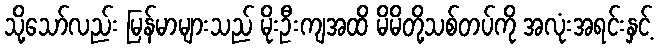
သို့သော်လည်း မြန်မာများသည် မိုးဦးကျအထိ မိမိတို့သစ်တပ်ကို အလုံးအရင်းနှင့်